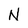
Character: N